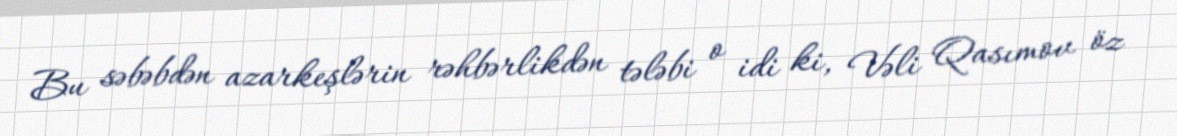
Bu səbəbdən azarkeşlərin rəhbərlikdən tələbi o idi ki, Vəli Qasımov öz